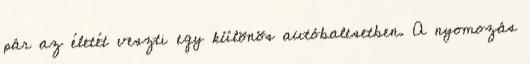
pár az életét veszti egy különös autóbalesetben. A nyomozás